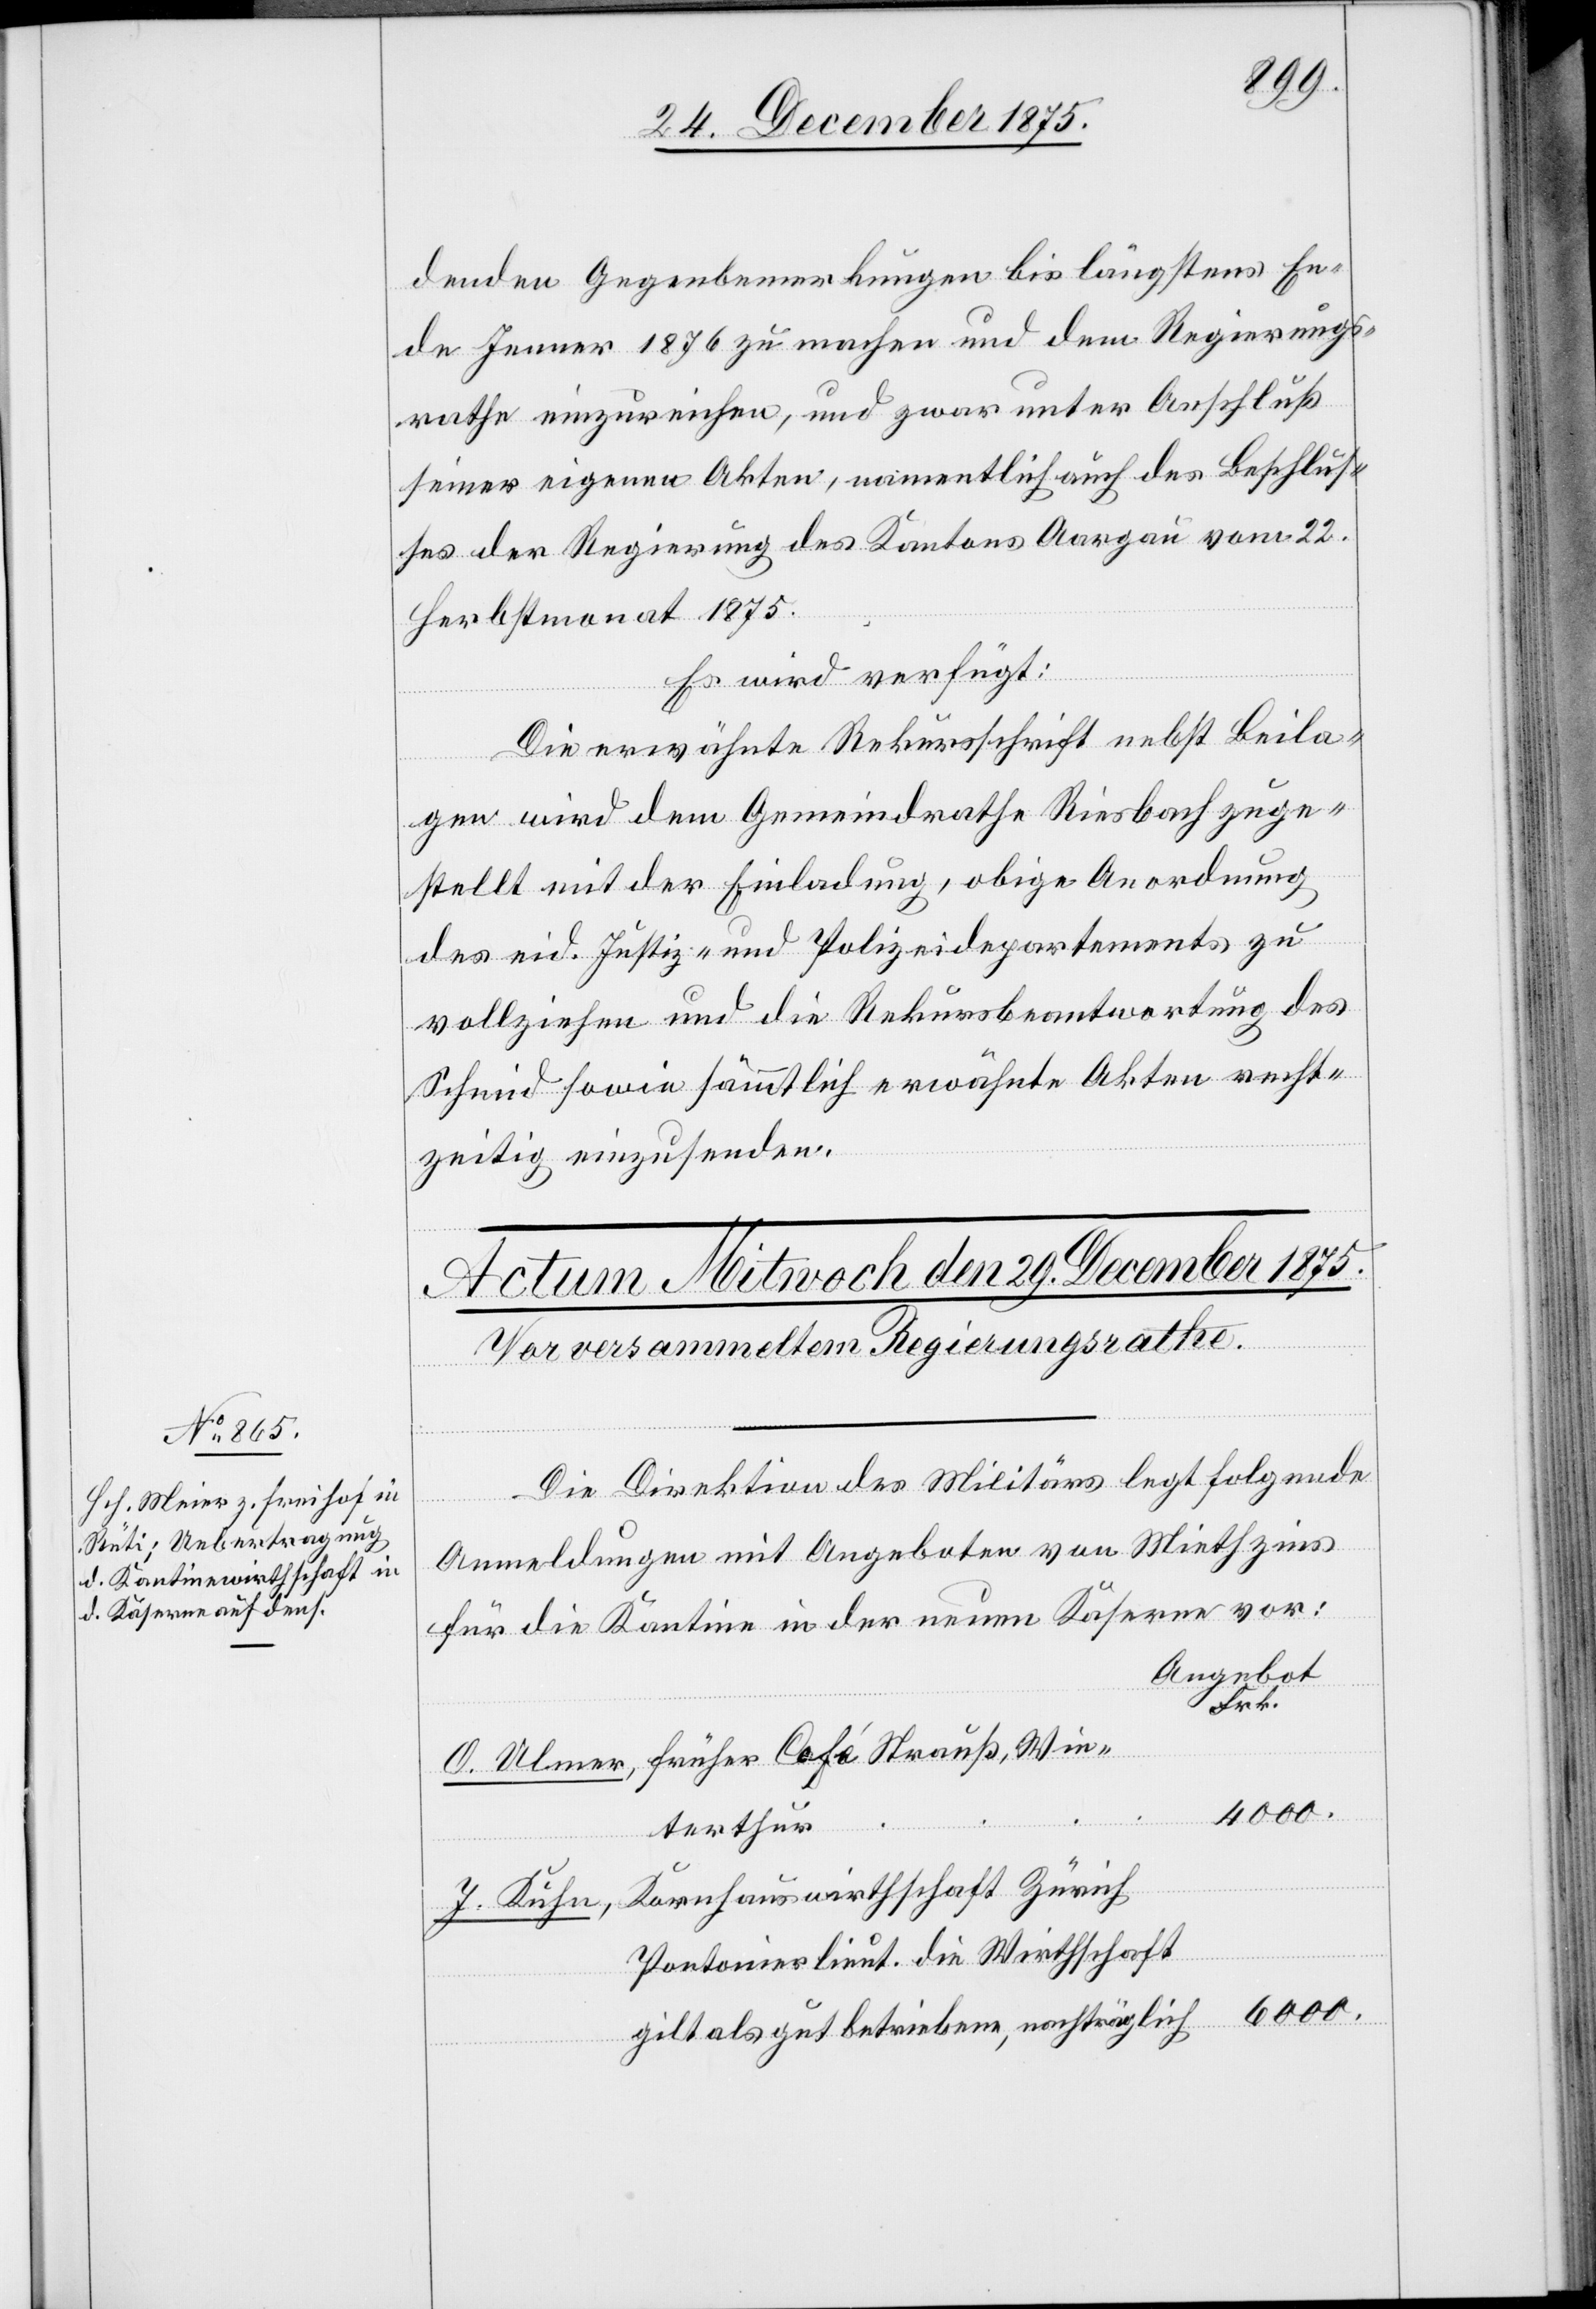
denden Gegenbemerkungen bis längstens En¬
de Jenner 1876 zu machen und dem Regierungs¬
rathe einzureichen, und zwar unter Anschluß
seiner eigenen Akten, namentlich des Beschlus¬
ses der Regierung des Kantons Aargau vom 22.
Herbstmonat 1875.
Es wird verfügt:
Die erwähnte Rekursschrift nebst Beila¬
gen wird dem Gemeindrathe Riesbach zuge¬
stellt mit der Einladung, obige Anordnung
vollziehen und die Rekursbeantwortung des
Schmid sowie sämmtlich erwähnte Akten recht¬
zeitig einzusenden.
Die Direktion des Militärs legt folgende
Anmeldungen mit Angeboten von Miethzins
für die Kantine in der neuen Kaserne vor:
Angebot
Zürich
Frk.
terthur
Pontonierlieut. die Wirthschaft
4000.
gilt als gut betriebene, nachträglich